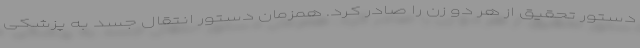
دستور تحقیق از هر دو زن را صادر کرد. همزمان دستور انتقال جسد به پزشکی